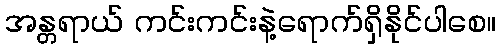
အန္တရာယ် ကင်းကင်းနဲ့ရောက်ရှိနိုင်ပါစေ။